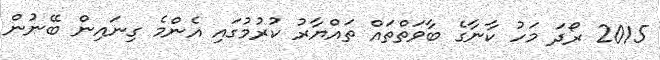
2015 ރޯދަ މަހު ކާނާގެ ބާވަތްތައް ތައްޔާރު ކުރުމުގައި އެންމެ ގިނައިން ބޭނުން